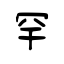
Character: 罕